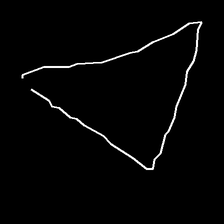
Glyph: convergence